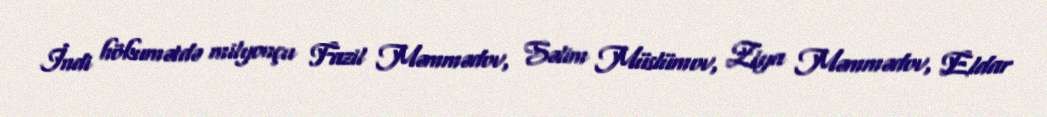
İndi hökumətdə milyonçu Fazil Məmmədov, Səlim Müslümov, Ziya Məmmədov, Eldar